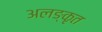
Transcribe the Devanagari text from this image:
अलङ्कृत